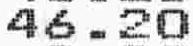
46.20